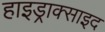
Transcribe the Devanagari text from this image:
हाइड्राक्साइद